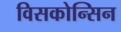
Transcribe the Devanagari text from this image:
विसकोन्सिन